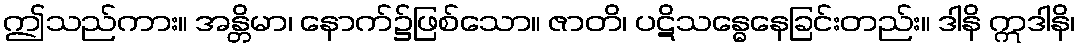
ဤသည်ကား။ အန္တိမာ၊ နောက်၌ဖြစ်သော။ ဇာတိ၊ ပဋိသန္ဓေနေခြင်းတည်း။ ဒါနိ ဣဒါနိ၊